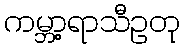
ကမ္ဘာ့ရာသီဥတု